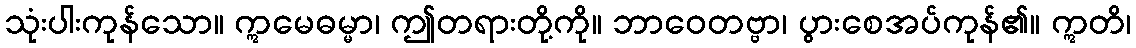
သုံးပါးကုန်သော။ ဣမေဓမ္မာ၊ ဤတရားတို့ကို။ ဘာဝေတဗ္ဗာ၊ ပွားစေအပ်ကုန်၏။ ဣတိ၊